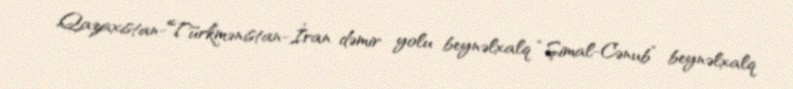
Qazaxıstan-Türkmənistan-İran dəmir yolu beynəlxalq “Şimal-Cənub” beynəlxalq